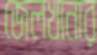
জেলখানার